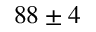
8 8 \pm 4